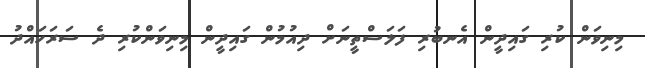
މިނިވަން ކުރި ގައިދީން އެނބުރި ފަލަސްތީނަށް ދިއުމުން ގައިދީން މިނިވަންކުރި ދެ ސަރަހައްދު